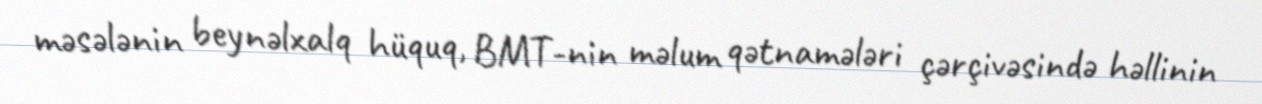
məsələnin beynəlxalq hüquq, BMT-nin məlum qətnamələri çərçivəsində həllinin